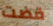
قضت